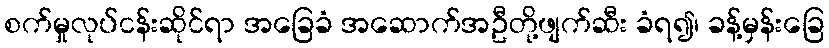
စက်မှုလုပ်ငန်းဆိုင်ရာ အခြေခံ အဆောက်အဦတို့ဖျက်ဆီး ခံရ၍၊ ခန့်မှန်းခြေ